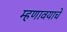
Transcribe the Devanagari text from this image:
म्हणावयाचें